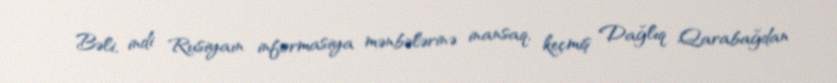
Bəli, indi Rusiyaın informasiya mənbələrinə inansaq, keçmiş Dağlıq Qarabağdan